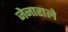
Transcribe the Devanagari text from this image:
जेनाराले